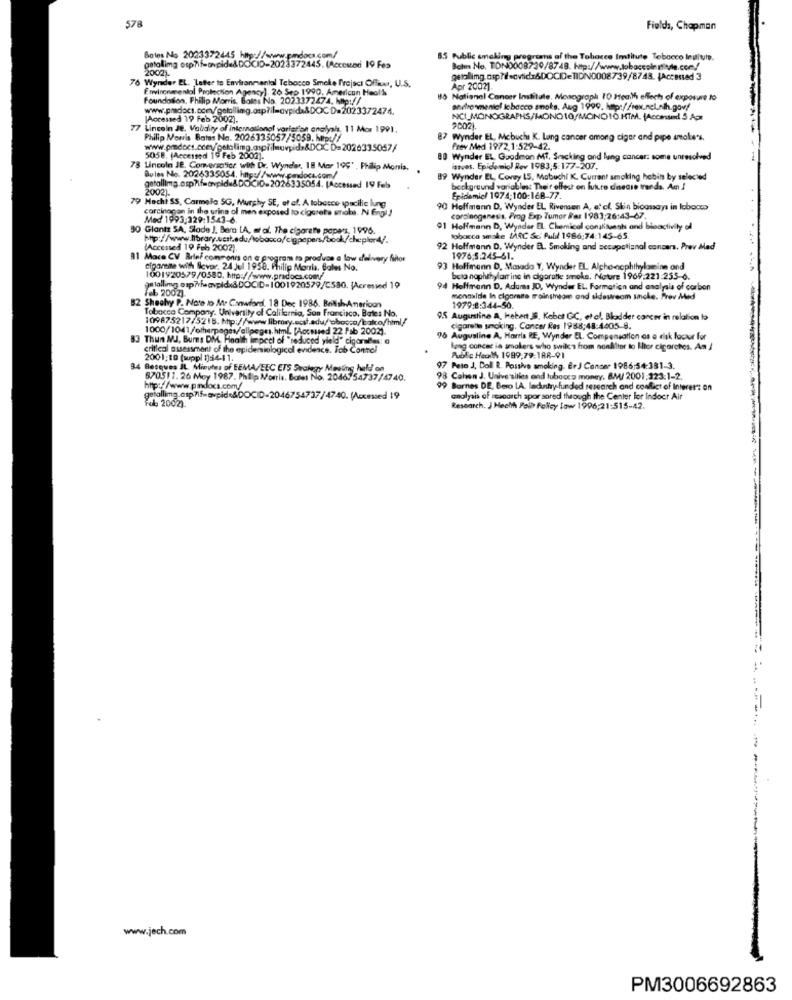
578
Fields, Chapman
Boles No 2023372445 http://www.pmdoca.com/
gatollimg otp?if-avpide&DOCIO-2023372445. (Accomod 19 Fes
8.5 Public smoking programns af the Tobacco Imtitute Tebocco leujule.
2002).
Botm No. TON0008730/8748. Htp://www.tobaccoleriyle.com/
76 Wynder EL. Letter to Environmental Tebosco Smekte frejsci Officer, U.S.
Fmincomenial Protection Agency) 26 Sep 1990. American Heals
Apr 20021.
Foundoslon, Philip Morris, Boles No. 2023372474. hp://
40 National Cancer Institute. Monograph 10 Health effects of exposure to
www.pmdoct.com/getollimg.osp?il=avpida&DOCD=2023372474.
andresmeniof tobacco snoks. Aug 1999. http://rex.nel.nih.gov!
[Accessed 19 Feb 2002).
NCIMONOGRAPHS/MONO10/MONOIO.HTM. (Accesed 5 Am
77 Lincoln Je. Validity of international variation analysis. 11 Mor 1991.
20021
Philip Morris Bates Ne. 2026333057/5059. Mrp://
87 Wynder EL, Mcbuchs K. Lung cancer among cigar and pape smokes.
Prev Med 1972.1:529-42.
5058. (Accessed 19 Feb 2002).
88 Wynder EL, Goodman MT. Smacking and lung cancer. some unresolved
78 Lincoln JE. Conversotice with Dr. Wyndar, 18 Mor 199', Philip Morris.
isaves. Epidemiol Rev 1983,5:177-207.
Bules No. 2026335054. http://www.cendoca.com/
89 Wynder EL, Covey 15, Mabuchi K. Current smoking habin by selected
2002).
beckgreund variables: Their ellest on futuro disease trends. Am I
79 Mochi SS, Carmela SG, Murphy SE, et af. A lobosce spacilie lung
Epidemic/ 1974:100:168-77.
carcinocon in the urine of men exposed to cigareta snoba. N Engl !
90 Hoffmann D. Wynder EL Rivensen A, etcl. Slin bioassays in Iobooms
Med 1993,329:1543-6
carcinogenesis. Prog Exp Tumor Ser 1983:26:43-67.
30 Glantz SA, Slade J. Bero LA, et al. The cigarette papers, 1996.
91 Hoffmann D, Wynder EL Chemical constituents and bisactivity el
tobacco smake (ARC Sc Pubil 1986:74:145-65
(Accessed 19 Feb 2002)
92 Hoffmann D, Wynder EL. Smoking and secupotiznal concars. Prev Mad
81 Maca CV Brief commonrs on e program to produce a low delivery faitor
1976,5:245-61.
cigarene with ficver. 24 Jul 1958. Philip Morris, Bales No.
93 Hoffmann D. Masada Y, Wynder EL Alcho-cephthylamine ond
1001920579/0580. http://www.pridocs.com
beta naphthylamine in cigaratte smoka, Notre 1969:221:255-6.
@atallimg osp?havpidx&DOCID-1001920579/C530. (Acreswed 19
Feb 2002).
94 Hoffmann D. Adams JD, Wynder EL. Formation and analysis of carbon
82 Shealy P. Note to M. Canwford, 18 Dec 1986. BritishAmerican
monoxide In cigarette moinsmeans and sidautreom anche. Prev Med
Tobacco Company. University of California, San Francisco, Bates No.
1979:8:344-50.
109875217/5215. hp://www.library.cost.edu/obosco/balco/html/
9.5 Augustine A, Hebert.S. Kebot GC, et al. Bladder cancer in relation to
1000/1041/otherpages/allpeges.himL [Accsued 22 Fab 2002).
cigarette smoking. Concer Res 1988:48:4405-8.
83 Thun MJ, Burns DM. Health impact of "seduced yield" cigaralles: a
96 Augusline A, Harria RE, Wynder EL. Compensation as a risk factor for
eritleal assessment of the epidemiologicel endence. Tob Contol
lang concas ia smokers who swilca from nonÄlter to Ilter cigarches. Am /
2001;10 (suppl 1)54-11.
Able Heath 1989,79:188-91
94 Bosques IL. Minutes of EEMA/EEC ETS Swalegy Meeting held on
97 Peto J, Doll R. Passive smoking. ErJ Concer 1986;54:381-3.
670511. 26 Moy 1987. Philip Morris, Bares No. 20467 54737/4740.
8 Cohen J. Universities and tubocco money. BMW/ 2001:123:1-2.
7/www.pndocs.com/
99 Barnes DE, Bero LA. lacantry funded research and conflict of Intererz on
gefallimg_asp?if-expide&DOCID-2046754737/4740. (Accessed 19
analysis of research spor sored through the Center for Indoor Air
Yub 2002).
Research. J Hechth Pola Policy low 1996;21:515-42.
-
www.jech.com
PM3006692863